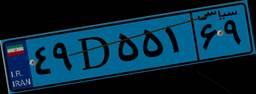
۲۶D۷۳۳۸۵